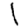
Digit: 1